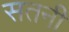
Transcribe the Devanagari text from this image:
सतनी